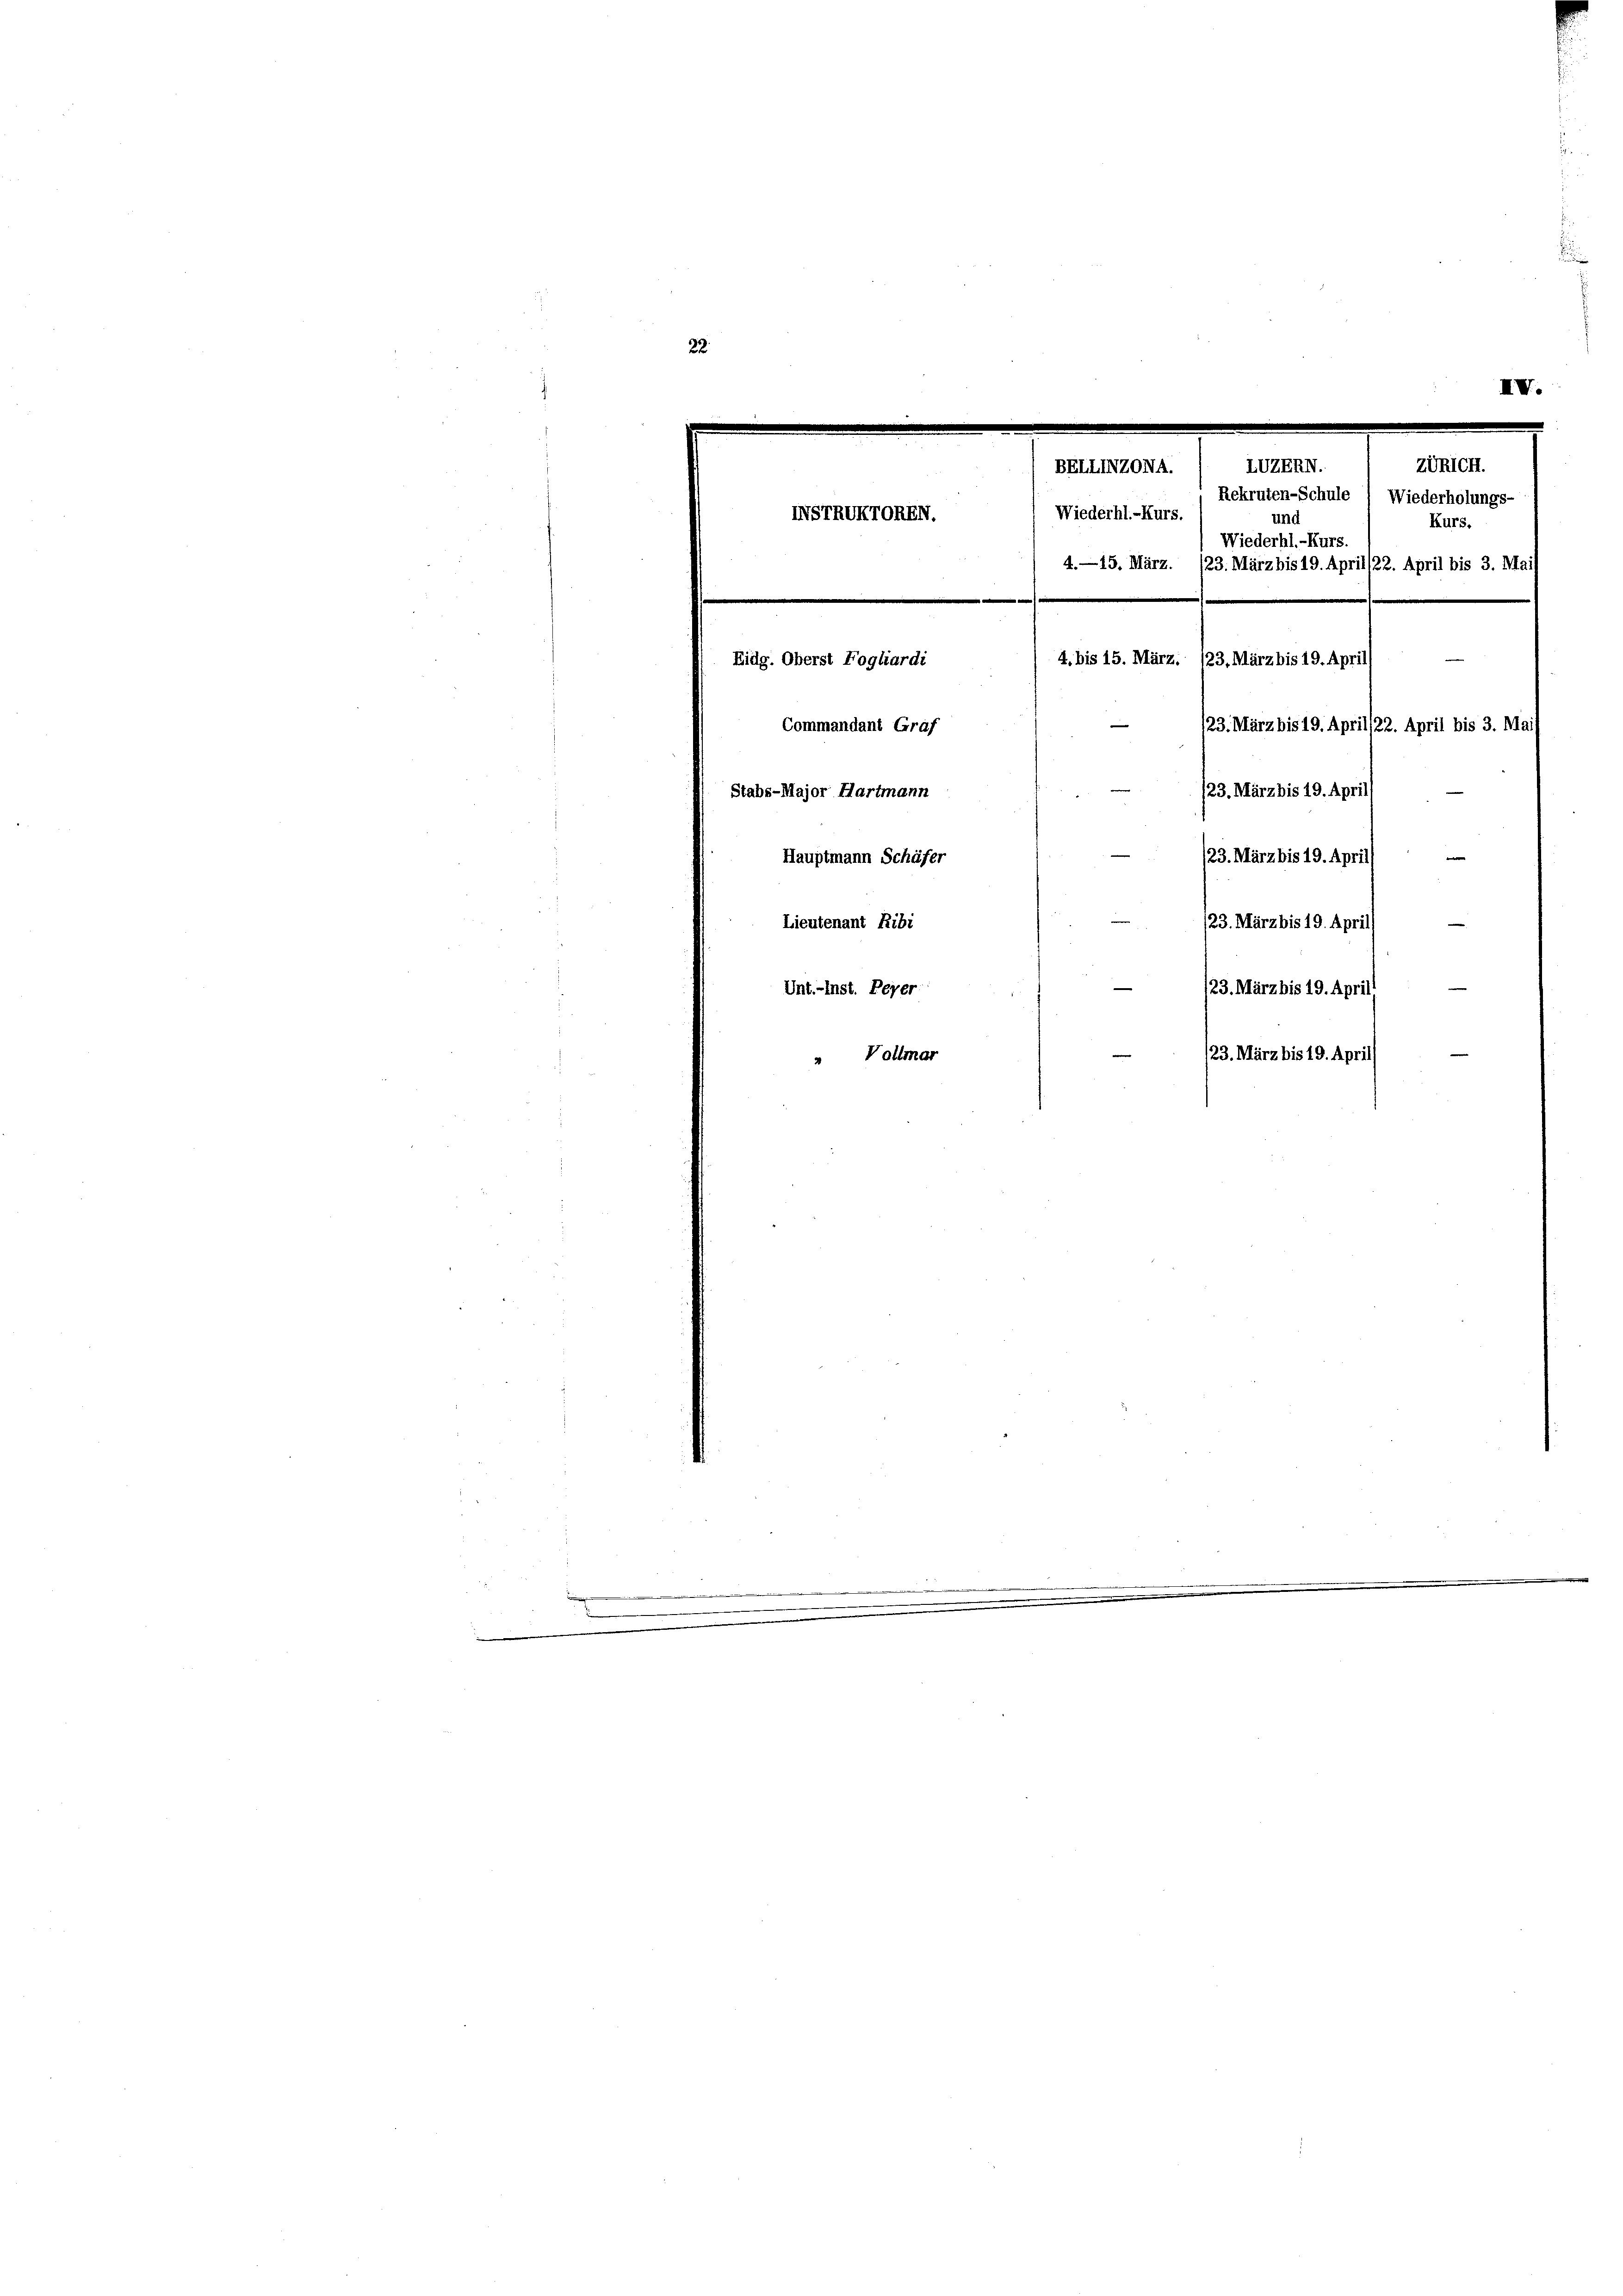
.

Züricht.
LUZERN.
Rekruten-Schule / Wiederholungs-
und
Kurs.
.
Wiederhl.-Kurs
23. März bis 19. April/22. April bis 3. Ma
e
e
4. bis 15. März. 123. März bis 19. April
Eidg. Oberst Fogliardi
123. März bis 19. April 122. April bis 3. Ma
Commandant Graf
/23. März bis 19. April
tabs-Major Hartmann
e
23. März bis 19. April
Hauptmann Schäfer
23. März bis 19. Apri
Lieutenant Ribi
/23. März bis 19. Aprill
Unt.-Inst. Peyer
123. März bis 19. April)
Vollmar
2

NSTRIKTOREN.

BELLINZONA.

4.—15. März.

Wiederhl.-Kurs.